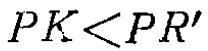
\(PK<PR'\)